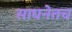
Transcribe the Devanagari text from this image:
साधनेतच